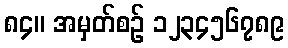
၈၄။ အမှတ်စဉ် ၁၂၃၄၅၆၇၈၉